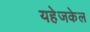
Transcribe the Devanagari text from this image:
यहेजकेल